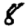
Digit: 8